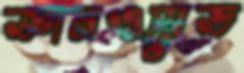
জ্ঞানওয়েভ